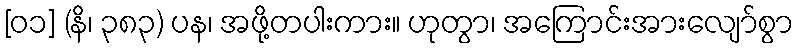
[၀၁] (နိ၊ ၃၈၃) ပန၊ အဖို့တပါးကား။ ဟုတွာ၊ အကြောင်းအားလျော်စွာ